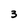
Character: 3